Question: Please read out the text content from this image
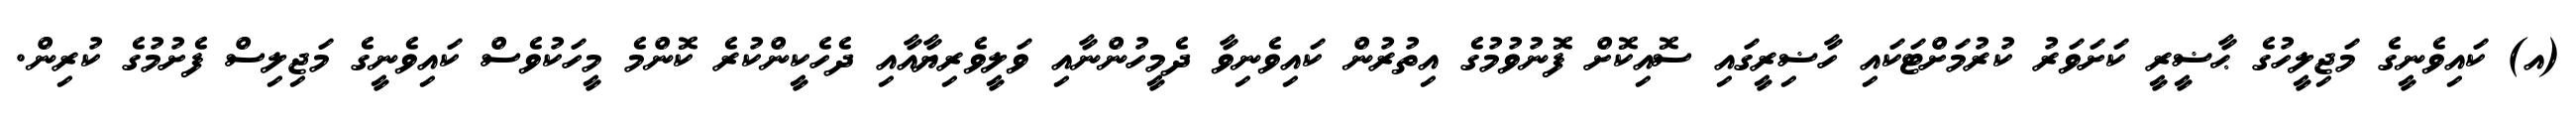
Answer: (އ) ކައިވެނީގެ މަޖިލީހުގެ ޙާޟީރީ ކަށަވަރު ކުރުމަށްޓަކައި ހާޟިރީގައި ސޮއިކޮށް ފޮނުވުމުގެ އިތުރުން ކައިވެނިވާ ދެމީހުންނާއި ވަލީވެރިޔާއާއި ދެހެކީންކުރެ ކޮންމެ މީހަކުވެސް ކައިވެނީގެ މަޖިލިސް ފެށުމުގެ ކުރިން.